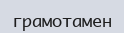
грамотамен